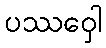
ပဿဝှေါ